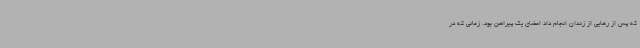
که پس از رهایی از زندان انجام داد امضای یک پیراهن بود. زمانی که در